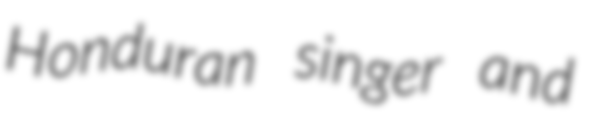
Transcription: Honduran singer and